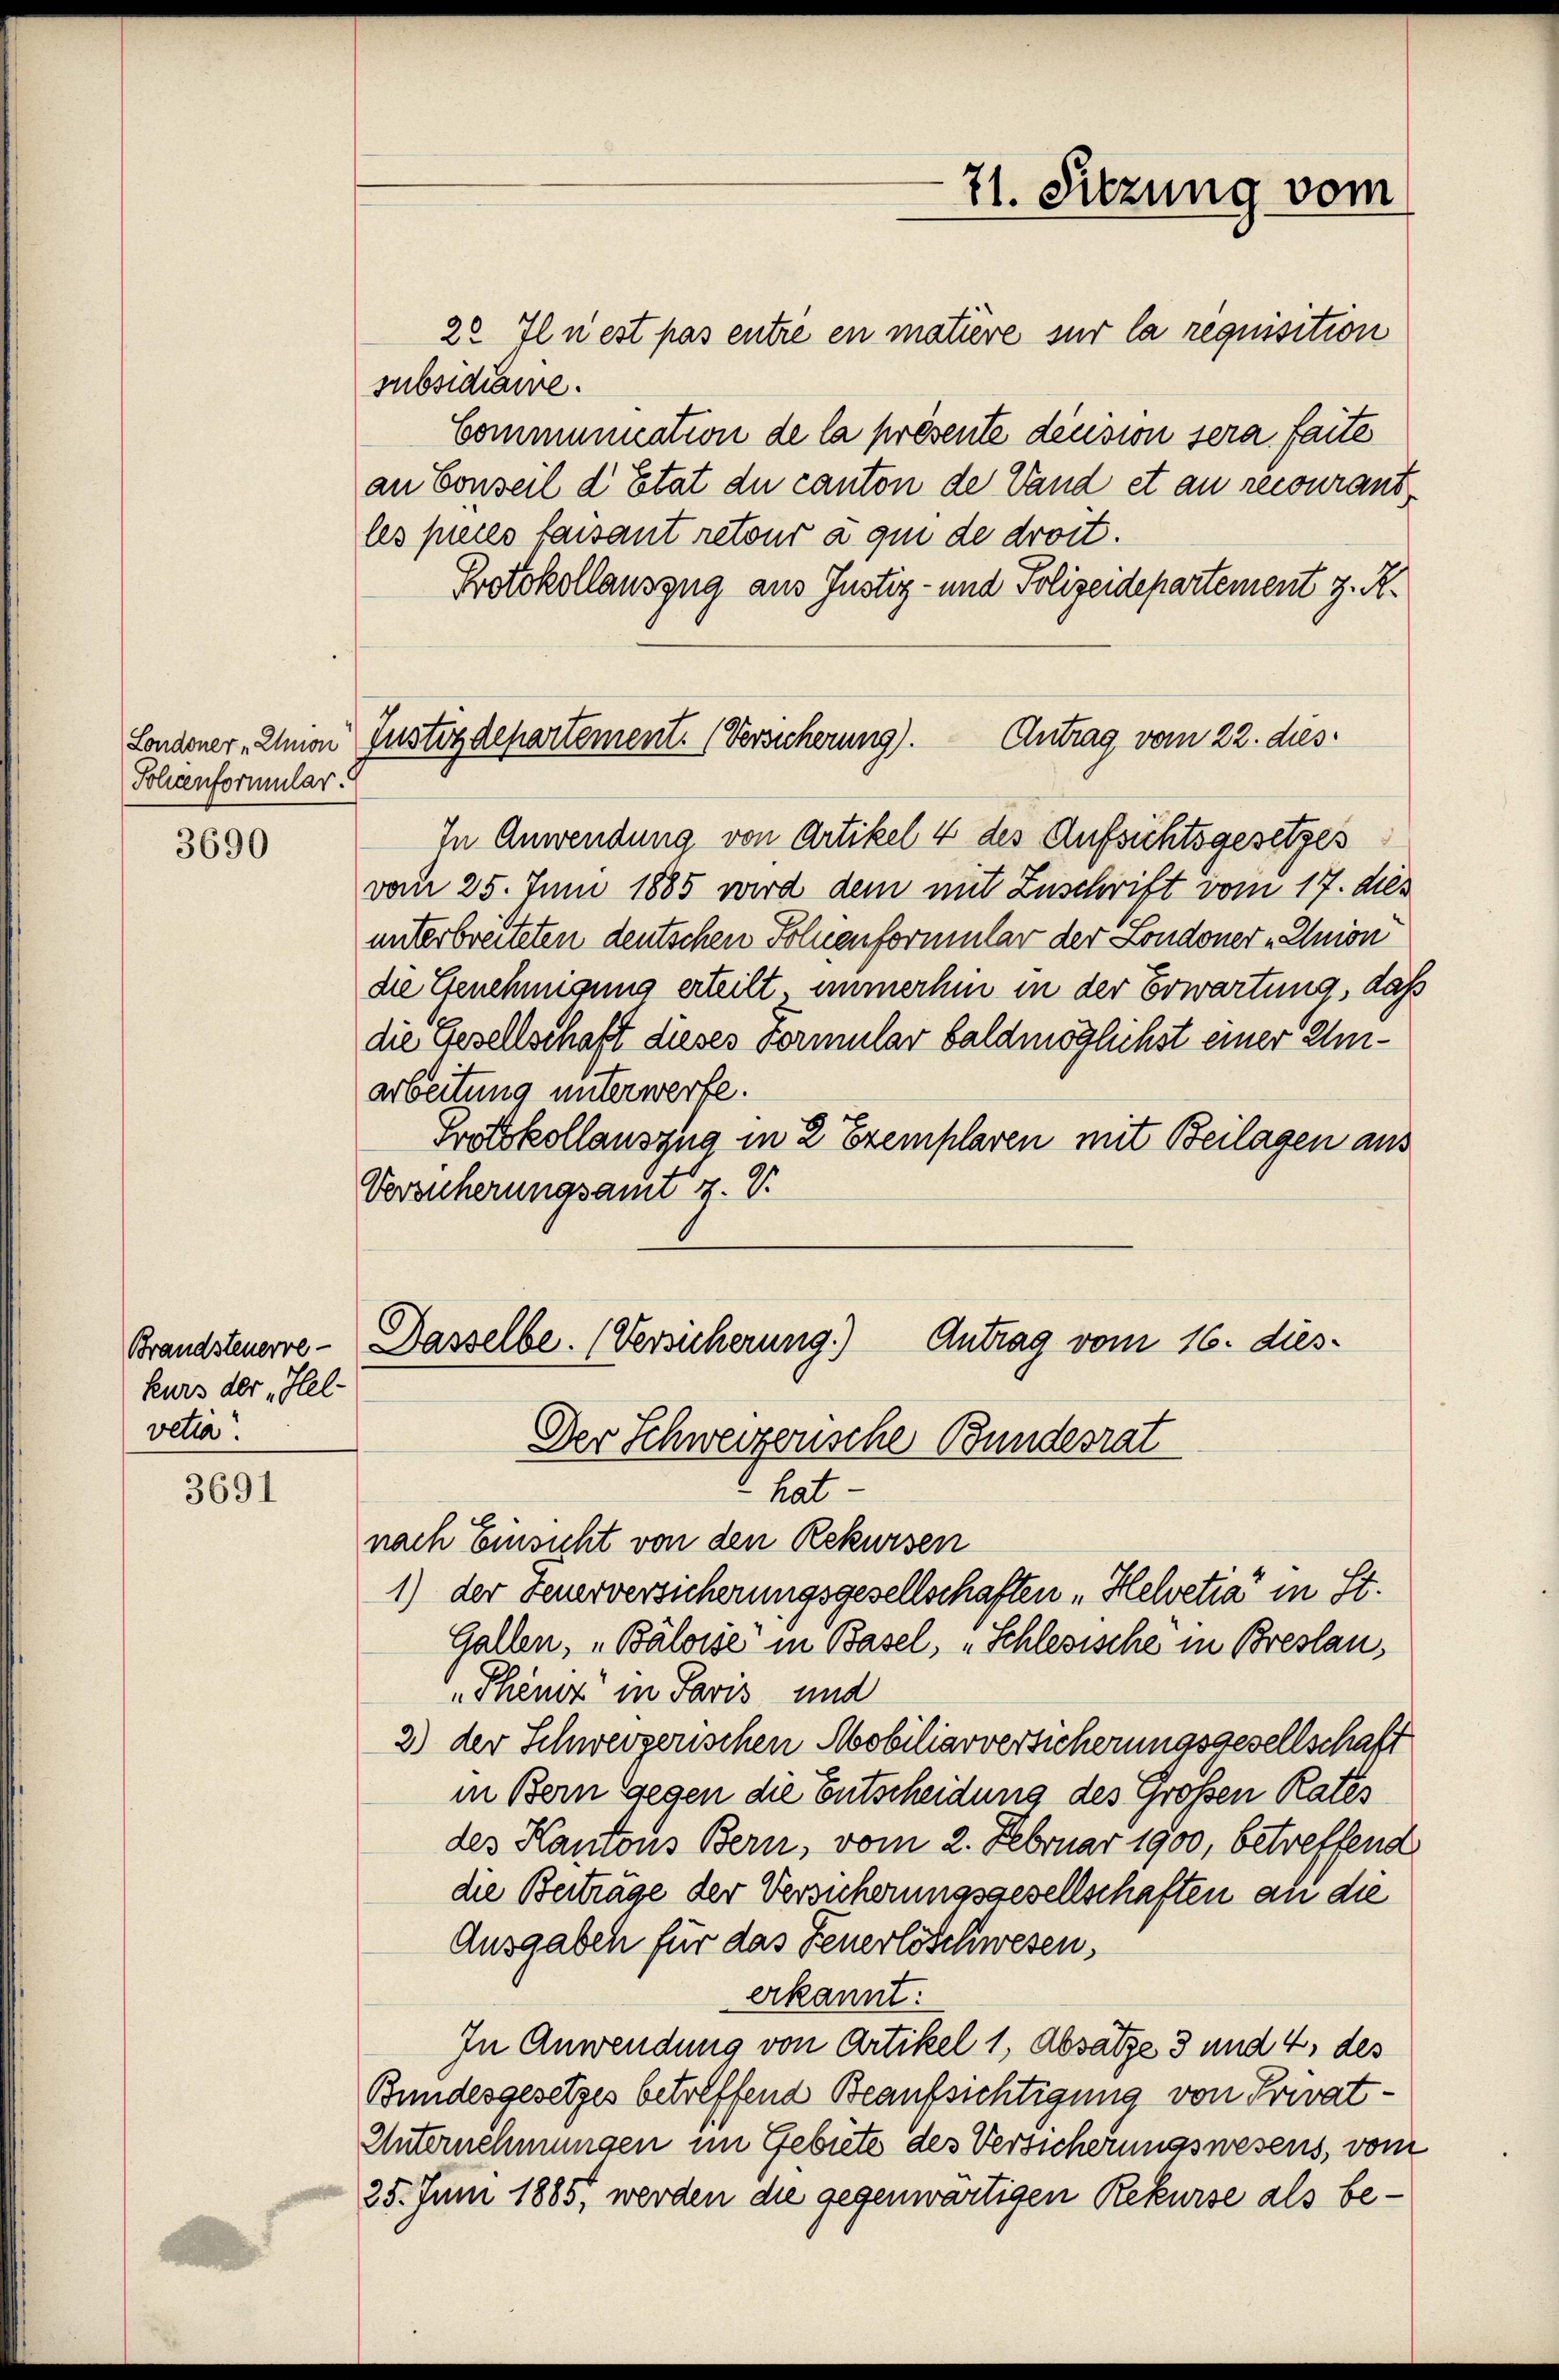
Londoner „Union
Sohlenformular

3690

Brandsteuerve-
Kurs der „Hel-
vetia.

3691

Justizdepartement. (Versicherung).

71. Sitzung vom

22 Il n’est pas entre en matiere sur la requisition
subsidiaire.
Communication de la présente decision sera faite
an Conseil d’Etat du canton de Vand et au recourant
les preces faisant retour à qui de droit.
Protokollauszug aus Justiz- und Polizeidepartement z. R.
Antrag vom 22. dies
In Anwendung von Artikel 4 des Aufsichtsgesetzes
vom 25. Juni 1885 wird dem mit Zuschrift vom 17. des
unterbreiteten deutschen Foluenformular der Londoner „Union
die Genehmigung erteilt, immerhin in der Erwartung, das
die Gesellschaft dieses vormular baldmöglichst einer Umarbeitung unterwerfe.
Protokollauszug in 2 Exemplaren mit Beilagen aus
Vorsicherungsamt z. V.

Antrag vom 16. dies¬
Dasselbe. (Versicherung.)
Der Schweizerische Bundesrat

hat
nach Einsicht von den Rekursen
1) der Feuerversicherungsgesellschaften „Helvetia" in St.
Gallen, „Baloise“ in Basel, „Schlesische in Breslau,
„Phèmz in Paris und
2) der Schweizerischen Mobiliarversicherungsgesellschaft
in Bern gegen die Entscheidung des Großen Rates
des Kantons Bern, vom 2. Februar 1900, betreffend
die Beiträge der Versicherungsgesellschaften an die
Ausgaben für das Feuerlöschwesen,
erkannt:
In Anwendung von Artikel 1, Absätze 3 und 4, des
Bundesgesetzes betreffend Beaufsichtigung von Privat¬
Unternemmungen im Gebiete des Versicherungswesens, vom
25. Juni 1885, werden die gegenwärtigen Rekurse als be¬